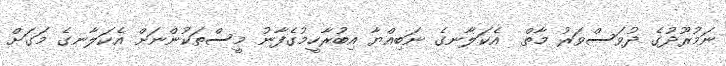
ނަމުރޫދުގެ ދުވަސްވަރު މާތް  އެކަލާނގެ ނަބިއްޔާ އިބުރާހީމުގެފާނު މީސްތަކުންނަށް އެކަލާނގެ މަގަށް